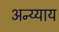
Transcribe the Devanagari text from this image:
अन्य्याय